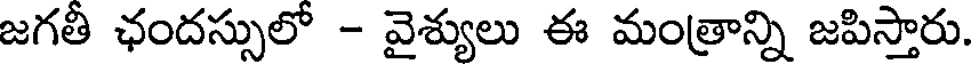
జగతీ ఛందస్సులో - వైశ్యులు ఈ మంత్రాన్ని జపిస్తారు.